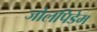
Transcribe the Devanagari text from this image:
जोलपिडेम